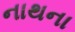
નાથના